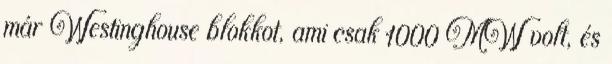
már Westinghouse blokkot, ami csak 1000 MW volt, és